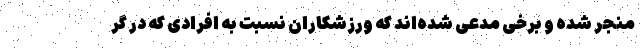
منجر شده و برخی مدعی شده‌اند که ورزشکاران نسبت به افرادی که در گر